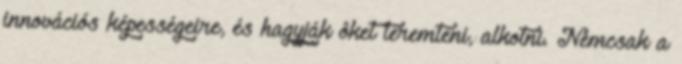
innovációs képességeire, és hagyják ôket teremteni, alkotni. Nemcsak a